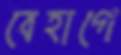
বেহাগে